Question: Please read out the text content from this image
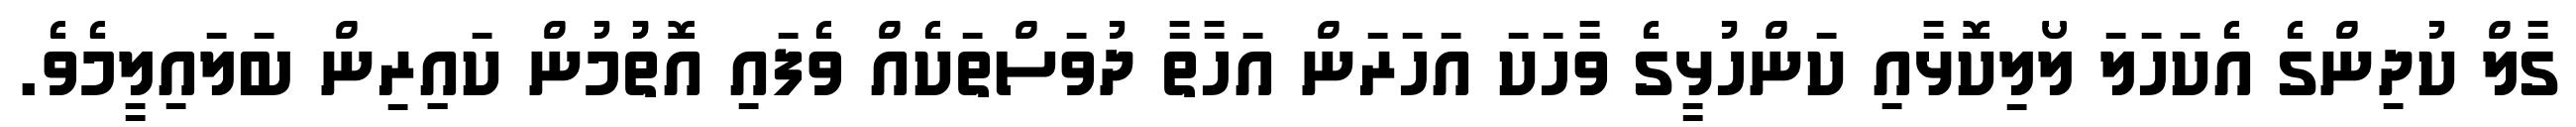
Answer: ގާލް ކުދިންގެ އެކަހަލަ ލޯލިކޮޅާއި ކަންހުޅީގެ ވާހަކަ އަހަރަން އަހާތާ ދުވަސްތަކެއް ވެފައި އޮތުުމުން ކައިިރިން ބަލައިލީމެވެ.